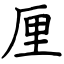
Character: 厘